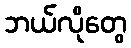
ဘယ်လိုတွေ